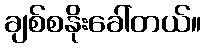
ချစ်စနိုးခေါ်တယ်။